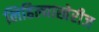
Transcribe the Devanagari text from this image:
लिहिल्याखेरीज